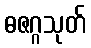
ဓဇဂ္ဂသုတ်